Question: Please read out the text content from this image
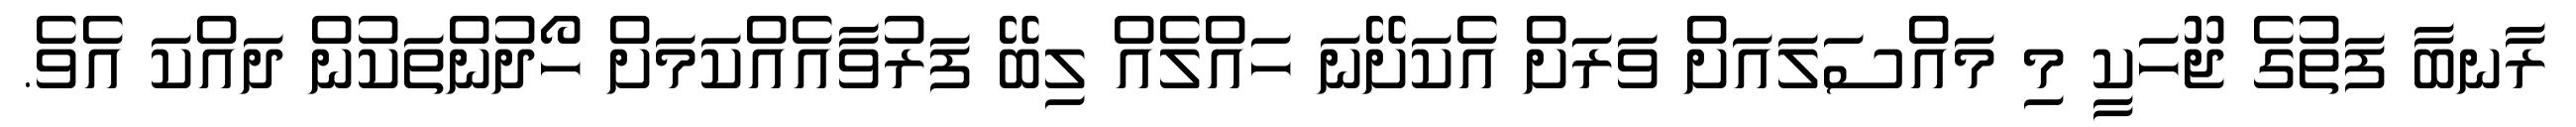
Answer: ރާނބާ ފަތުގެ ޖޫހަކީ މި މައްސަލައަށް ވަރަށް އެކަށޭނަ ހައްލެއް ލިބޭ ފަރުވާއެއްކަމަށް ހޯދުންތަކުން ދައްކަ އެވެ.